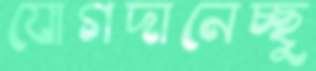
যোগদানেচ্ছু